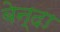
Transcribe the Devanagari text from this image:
बेन्दा